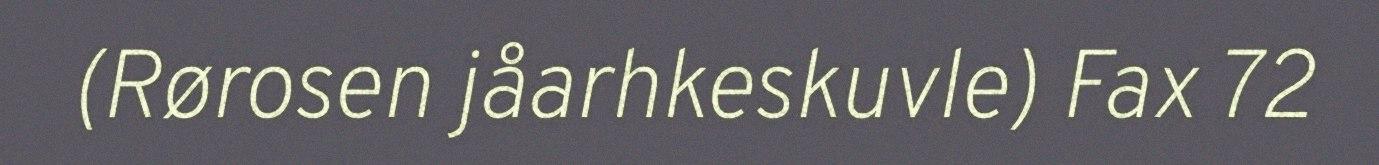
(Rørosen jåarhkeskuvle) Fax 72